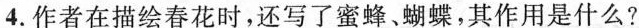
4.作者在描绘春花时，还写了蜜蜂、蝴蝶，其作用是什么?